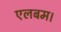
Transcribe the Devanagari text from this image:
एलबम।